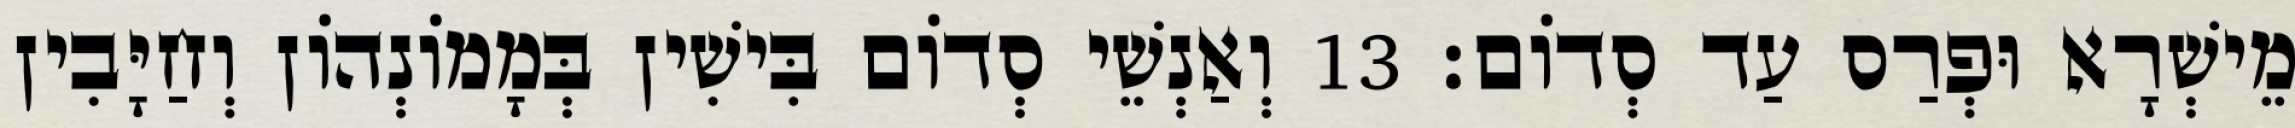
מֵישְׁרָא וּפְרַס עַד סְדוֹם׃ 13 וְאַנְשֵׁי סְדוֹם בִּישִׁין בְּמָמוֹנְהוֹן וְחַיָּבִין